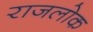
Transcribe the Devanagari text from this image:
राजलोक